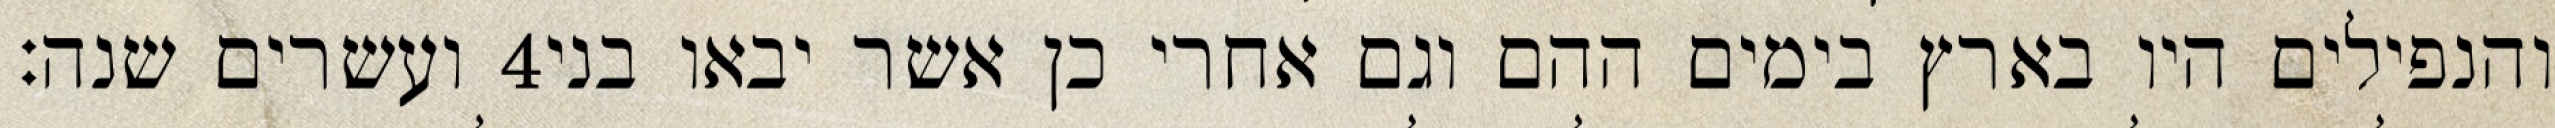
ועשרים שנה׃ ‎4‏ והנפילים היו בארץ בימים ההם וגם אחרי כן אשר יבאו בני